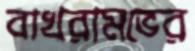
বাখরামভের